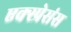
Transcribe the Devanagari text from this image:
एक्स्प्रेसंस